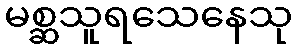
မစ္ဆသူရသေနေသု